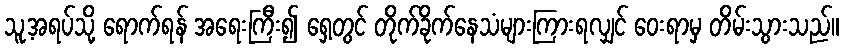
သူ့အရပ်သို့ ရောက်ရန် အရေးကြီး၍ ရှေ့တွင် တိုက်ခိုက်နေသံများကြားရလျှင် ဝေးရာမှ တိမ်းသွားသည်။